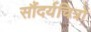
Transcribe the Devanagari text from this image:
सौंदर्यचित्रों